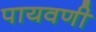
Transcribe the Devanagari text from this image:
पायवणी